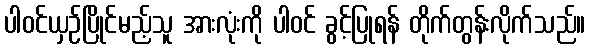
ပါဝင်ယှဉ်ပြိုင်မည့်သူ အားလုံးကို ပါဝင် ခွင့်ပြုရန် တိုက်တွန်းလိုက်သည်။